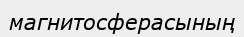
магнитосферасының